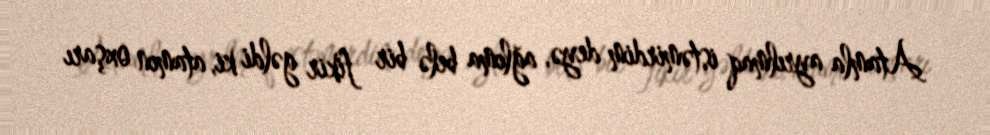
Atamla ayrılmaq istəmirdim deyə, ağlıma belə bir fikir gəldi ki, atamın oxşarı